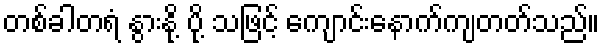
တစ်ခါတရံ နွားနို့ ပို့ သဖြင့် ကျောင်းနောက်ကျတတ်သည်။